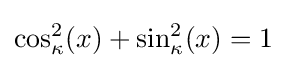
\cos _{\kappa }^{2}(x)+\sin _{\kappa }^{2}(x)=1